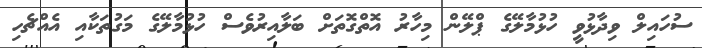
ސުހައިލް ވިދާޅުވީ ހުޅުމާލޭގެ ޕްލޭން މިހާރު އޮތްގޮތަށް ބަލާއިރުވެސް ހުޅުމާލޭގެ މަގުތަކާއި އެއްޗެހި